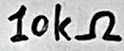
Text: 10kΩ